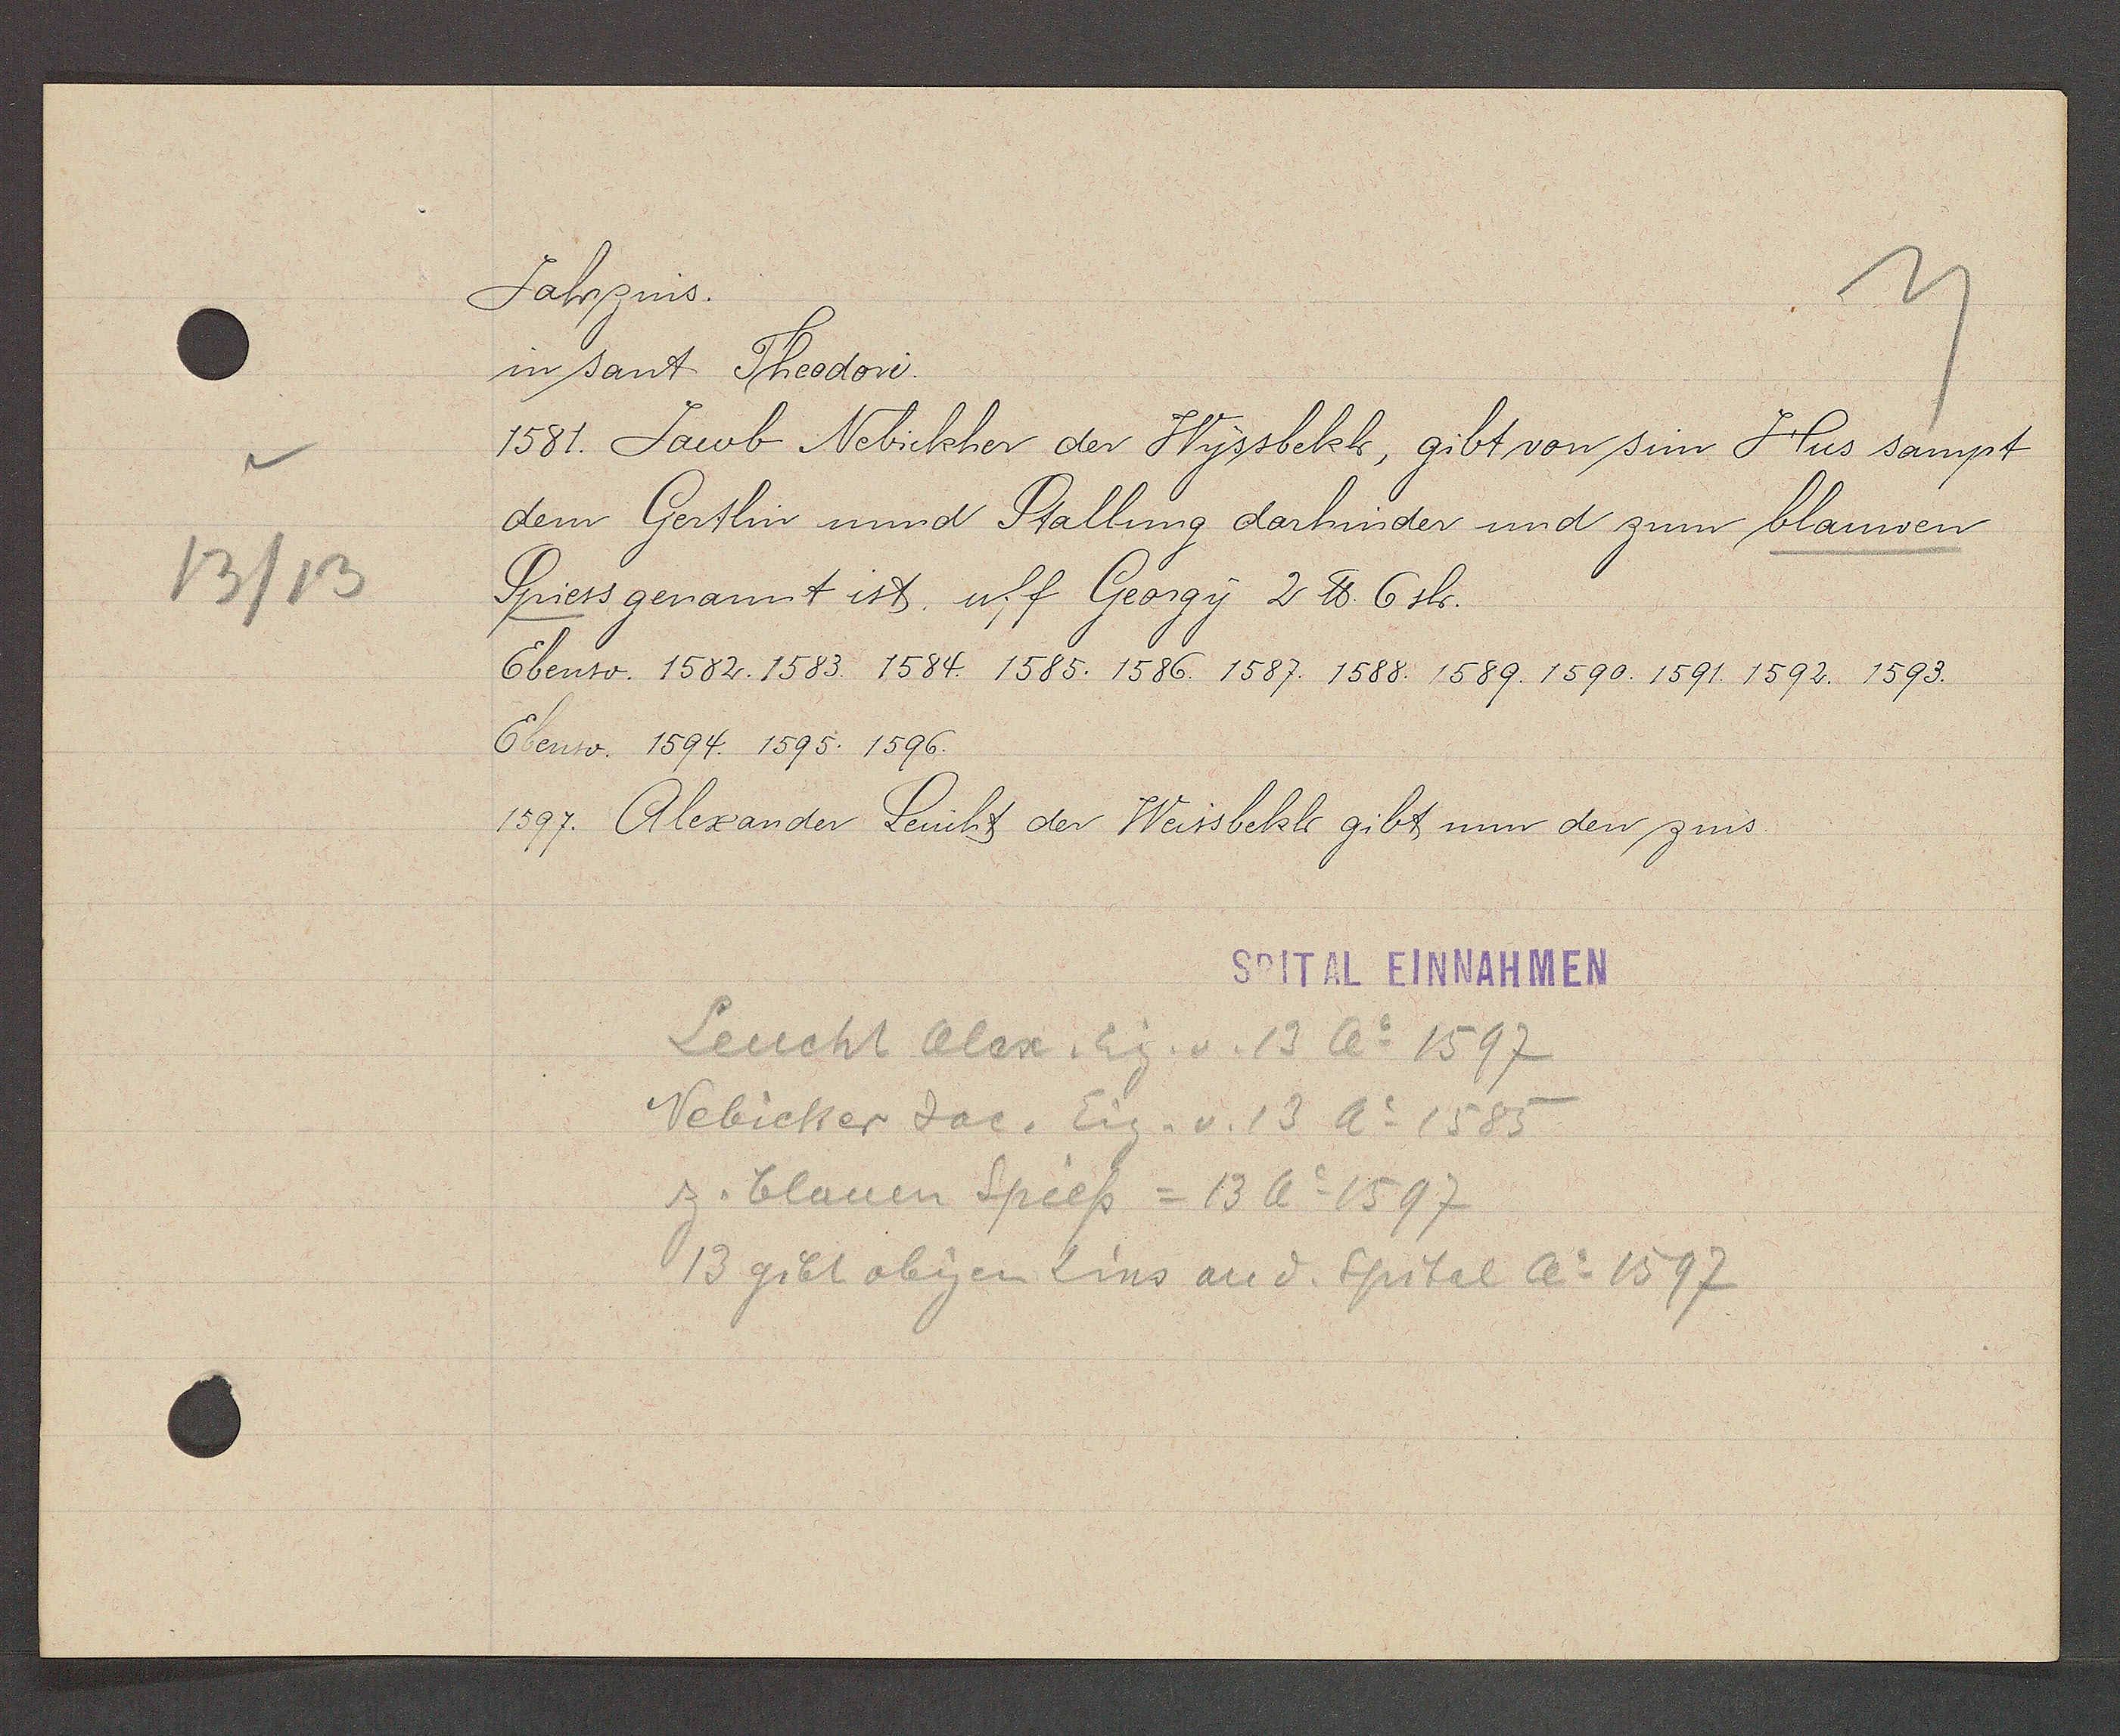
Transcript:
13/13

Jahrzins.

in sant Theodori.
1581. Jacob Nebickher der Wyssbeckh, gibt von sim Hus sampt
dem Gertlin und Stallung derhinder und zum blauwen
Spiess genannt ist, uff Georgy 2 ℔ 6 sh.
Ebenso. 1582. 1583. 1584. 1585. 1586. 1587. 1588. 1589. 1590. 1591. 1592. 1593.
Ebenso. 1594. 1595. 1596.
1597. Alexander Leucht der Weissbeckh gibt nun den zins.

SPITAL EINNAHMEN

Leucht Alex Eig. v. 13 Ao 1597
Nebicker Jac. Eig. v. 13 Ao 1585
z. blauen Spiess = 13 Ao 1597
13 gibt obigen Zins an d. Spital Ao 1597